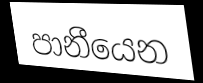
පානීයෙන